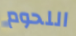
اللحوم